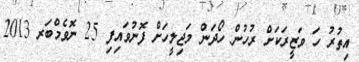
އިތުރު ހަ ވަޒީރަކަށް ރުހުން ހޯދަން މަޖިލީހަށް ފޮނުވައިފި 25 ނޮވެމްބަރ 2013